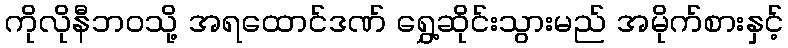
ကိုလိုနီဘဝသို့ အရထောင်ဒဏ် ရွှေ့ဆိုင်းသွားမည် အမိုက်စားနှင့်